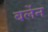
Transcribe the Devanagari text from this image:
बर्लेन